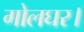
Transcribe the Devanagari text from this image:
गोलघर।